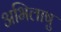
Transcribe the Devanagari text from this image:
अभिलाषु